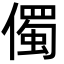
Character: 㒔